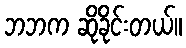
ဘဘက ဆိုခိုင်းတယ်။